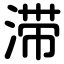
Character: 滞